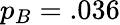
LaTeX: p_{B}=.036